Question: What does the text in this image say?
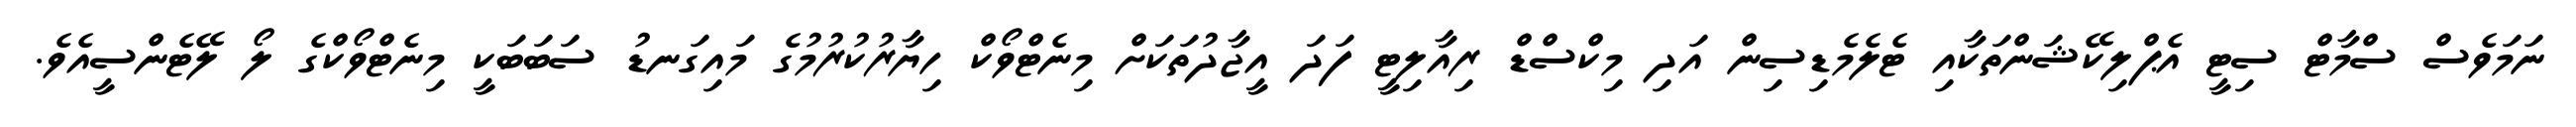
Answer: ނަމަވެސް ސްމާޓް ސިޓީ އެޕްލިކޭޝަންތަކާއި ޓެލެމެޑިސިން އަދި މިކްސްޑް ރިއާލިޓީ ފަދަ އީޖާދުތަކަށް މިނެޓްވޯކް ހިޔާރުކުރުމުގެ މައިގަނޑު ސަބަބަކީ މިނެޓްވޯކްގެ ލޯ ލޭޓެންސީއެވެ.